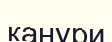
канури